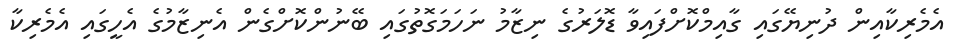
އެމެރިކާއިން ދުނިޔޭގައި ގާއިމްކޮށްފައިވާ ޑޮލަރުގެ ނިޒާމު ނަހަމަގޮތުގައި ބޭނުންކޮށްގެން އެނިޒާމުގެ އެހީގައި އެމެރިކާ